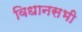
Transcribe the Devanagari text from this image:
विधानसभी